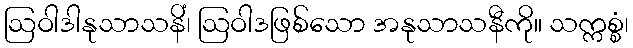
ဩဝါဒါနုသာသနိံ၊ ဩဝါဒဖြစ်သော အနုသာသနီကို။ သက္ကစ္စံ၊